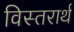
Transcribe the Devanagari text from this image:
विस्तरार्थ